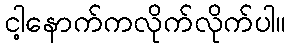
ငါ့နောက်ကလိုက်လိုက်ပါ။